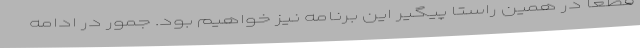
قطعاً در همین راستا پیگیر این برنامه نیز خواهیم بود. جمور در ادامه